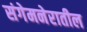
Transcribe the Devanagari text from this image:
संगेमनेरातील